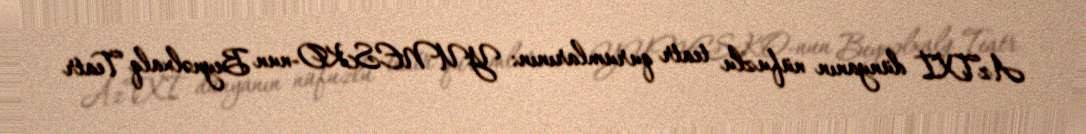
AzTXİ dünyanın nüfuzlu teatr qurumlarının: YUNESKO-nun Beynəlxalq Teatr